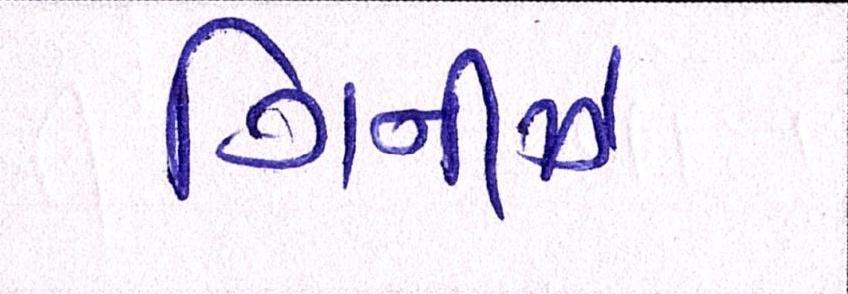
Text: ગિનીઝ